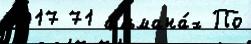
2017 71 альмана́х По